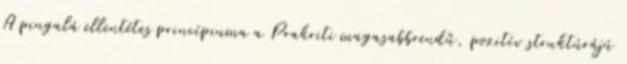
A pingalá ellentétes princípiuma a Prakriti magasabbrendű, pozitív struktúrájú